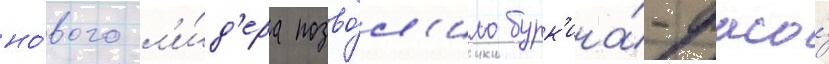
но́вого л'и́д'ера позво́л'ило бурк'ина́-фасо́